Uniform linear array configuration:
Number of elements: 32
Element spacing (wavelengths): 0.75
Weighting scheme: kaiser
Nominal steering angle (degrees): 0
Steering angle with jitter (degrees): -1.936
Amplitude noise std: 0.05
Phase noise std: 0.05

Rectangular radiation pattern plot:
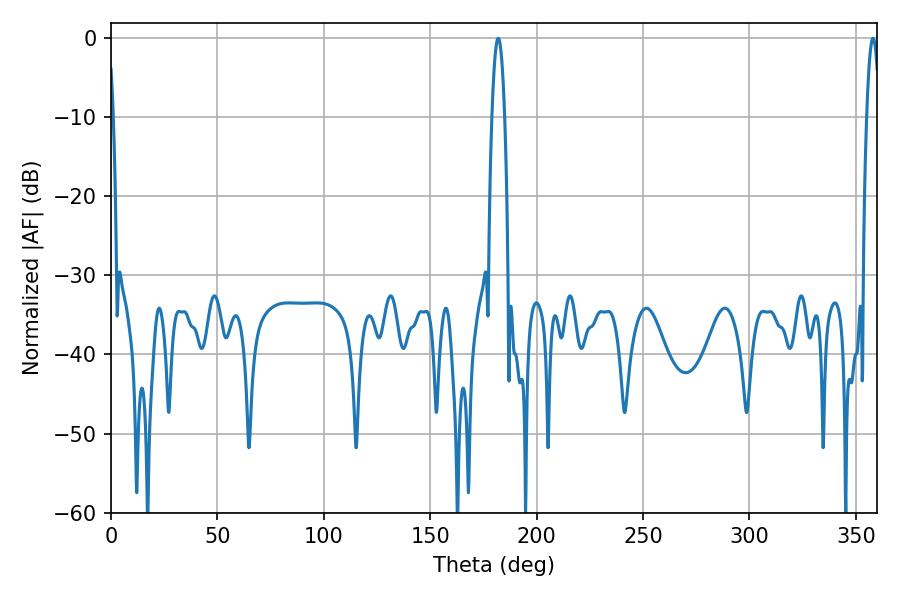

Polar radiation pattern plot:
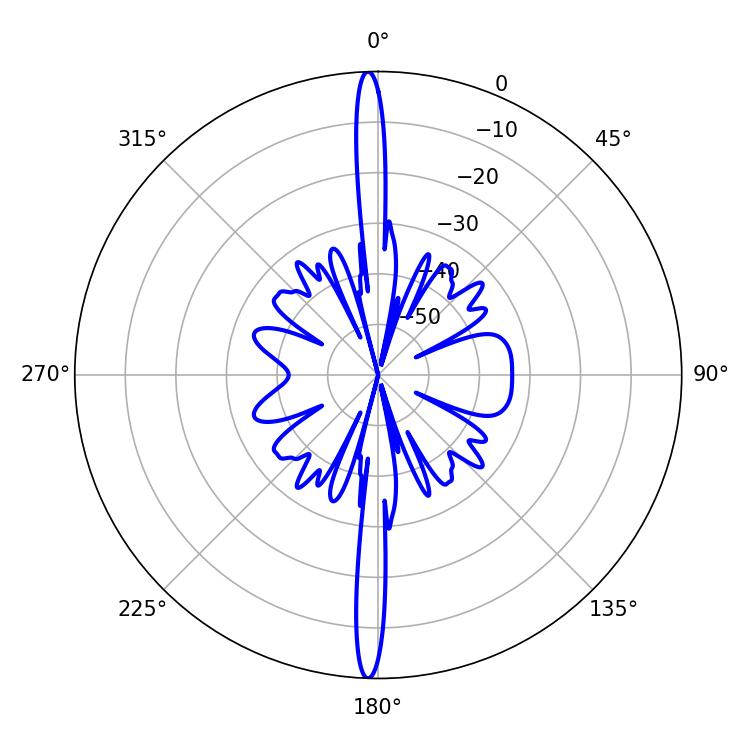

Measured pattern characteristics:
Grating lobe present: TRUE
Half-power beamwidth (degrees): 3.24
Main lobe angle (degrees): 358.02